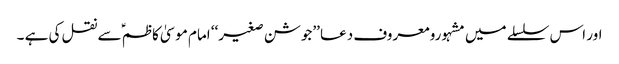
اور اس سلسلے میں مشہورو معروف دعا ’’جوشن صغیر‘‘ امام موسیٰ کاظم ؑسے نقل کی ہے ۔